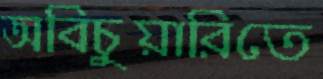
অবিচুয়ারিতে